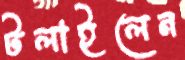
টলাইলেন